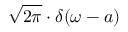
{ \sqrt { 2 \pi } } \cdot \delta ( \omega - a )